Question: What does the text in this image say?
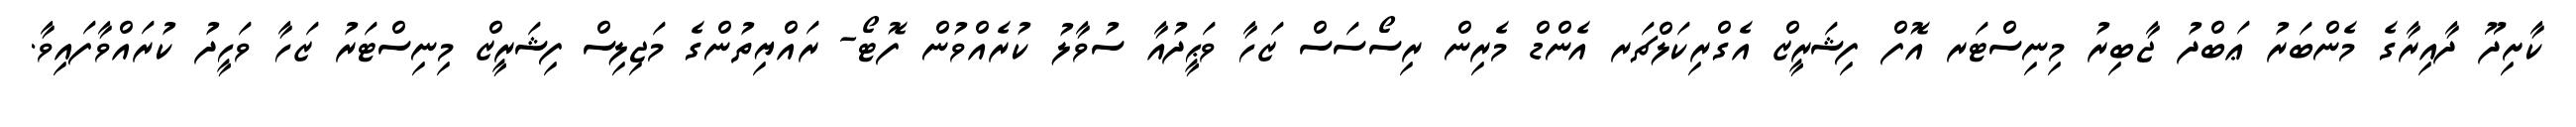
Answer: ކާށިދޫ ދާއިރާގެ މެންބަރު ޢަބްދު ޖާބިރު މިނިސްޓަރ އޮފް ފިޝަރީޒް އެގްރިކަލްޗަރ އެންޑް މެރިން ރިސޯސަސް ޒަހާ ވަޙީދުއާ ސުވާލު ކުރެއްވުން ފޮޓޯ- ރައްޔިތުންގެ މަޖިލިސް ފިޝަރީޒް މިނިސްޓަރު ޒަހާ ވަހީދު ކުރައްވާފައިވާ.